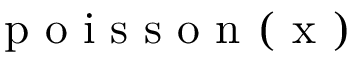
\mathrm { ~ p ~ o ~ i ~ s ~ s ~ o ~ n ~ ( ~ x ~ ) ~ }